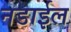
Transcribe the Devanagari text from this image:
नडाईल